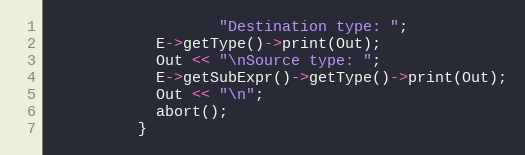
Language: C++
                   "Destination type: ";
            E->getType()->print(Out);
            Out << "\nSource type: ";
            E->getSubExpr()->getType()->print(Out);
            Out << "\n";
            abort();
          }